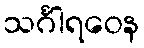
သင်္ဂါရဝေန